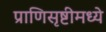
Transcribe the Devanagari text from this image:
प्राणिसृष्टीमध्ये